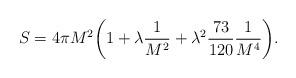
LaTeX: \begin{align*}S = 4 \pi M^2 \biggl( 1 + \lambda \frac{1}{M^2} +\lambda^2 \frac{73}{120}\frac{1}{M^4}\biggr).\end{align*}